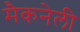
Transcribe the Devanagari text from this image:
मैकनेली